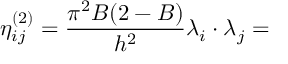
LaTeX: \eta _ { i j } ^ { ( 2 ) } = \frac { \pi ^ { 2 } B ( 2 - B ) } { h ^ { 2 } } \lambda _ { i } \cdot \lambda _ { j } =